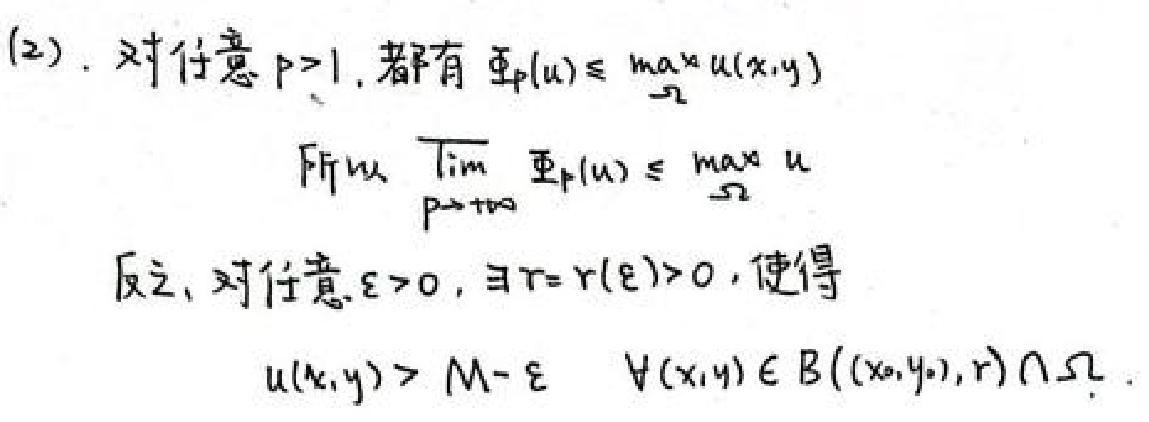
(2). 对任意 \(p > 1\), 都有 \(\Phi_p(u)\leq\max_{\Omega}u(x,y)\)

From \(\lim_{p\rightarrow +\infty}\Phi_p(u)\leq\max_{\Omega}u\)

反之, 对任意 \(\varepsilon>0\), \(\exists r = r(\varepsilon)>0\), 使得

\(u(x,y)>M - \varepsilon\quad\forall(x,y)\in B((x_0,y_0),r)\cap\Omega\)